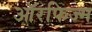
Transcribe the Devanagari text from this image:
ऑरफिज्म